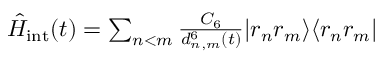
\begin{array} { r } { \hat { H } _ { \mathrm { i n t } } ( t ) = \sum _ { n < m } \frac { C _ { 6 } } { d _ { n , m } ^ { 6 } ( t ) } \vert r _ { n } r _ { m } \rangle \langle r _ { n } r _ { m } \vert } \end{array}